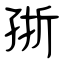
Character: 㝂